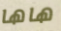
هاها